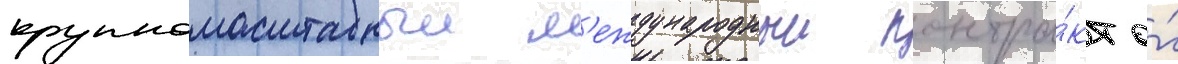
крупномасштабныи м'еждународныи контра́кт о́